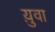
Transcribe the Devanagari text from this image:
य़ुवा